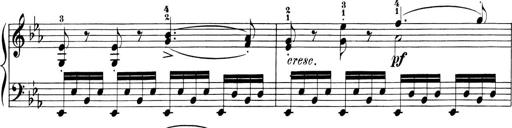
Title: 6 Piano Sonatinas
Composer: Cornelius Gurlitt